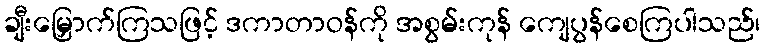
ချီးမြှောက်ကြသဖြင့် ဒကာတာဝန်ကို အစွမ်းကုန် ကျေပွန်စေကြပါသည်၊